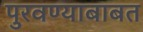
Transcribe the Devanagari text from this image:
पुरवण्याबाबत